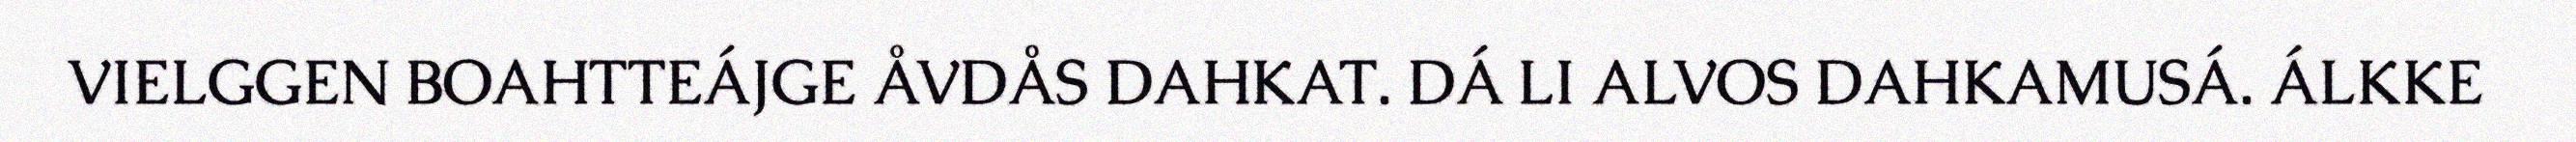
VIELGGEN BOAHTTEÁJGE ÅVDÅS DAHKAT. DÁ LI ALVOS DAHKAMUSÁ. ÁLKKE